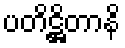
ပတိဋ္ဌိတာနိ